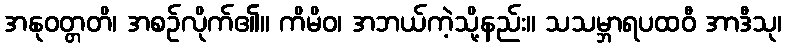
အနုဝတ္တတိ၊ အစဉ်လိုက်၏။ ကိမိဝ၊ အဘယ်ကဲ့သို့နည်း။ သသမ္ဘာရပထဝီ အာဒီသု၊